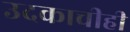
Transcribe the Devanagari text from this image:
उदकाचीही